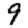
Digit: 9